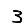
Digit: 3